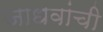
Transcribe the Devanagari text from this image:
जाधवांची